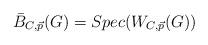
LaTeX: \begin{align*}\bar{B}_{C, \vec{p}}(G) = Spec(W_{C, \vec{p}}(G))\\\end{align*}